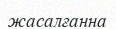
жасалғанна